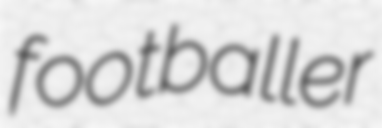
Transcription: footballer